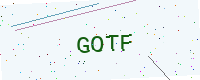
Text: GOTF